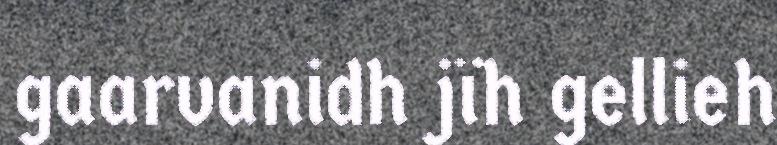
gaarvanidh jïh gellieh